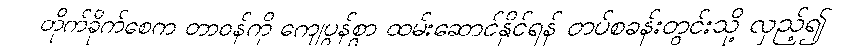
တိုက်ခိုက်စေက တာဝန်ကို ကျေပွန်စွာ ထမ်းဆောင်နိုင်ရန် တပ်စခန်းတွင်းသို့ လှည့်၍